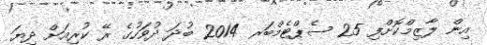
އިން ލާޒިމްކޮށްފި 25 ސެޕްޓެމްބަރ 2014 ބުދަ ދުވަހުގެ ރޭ ކުރިއަށް ދިޔަ